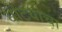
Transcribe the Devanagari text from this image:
धोटयांचा